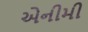
એનીમી